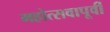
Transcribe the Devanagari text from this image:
महोत्सवापूर्वी